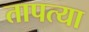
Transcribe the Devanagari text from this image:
तापत्या